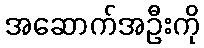
အဆောက်အဦးကို